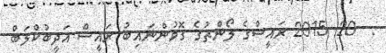
:  20